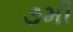
૭મી